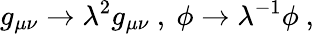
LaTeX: g_{\mu\nu}\rightarrow\lambda^{2}g_{\mu\nu}~,~\phi\rightarrow\lambda^{-1}\phi~,~\,